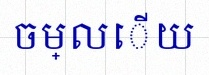
ចម្លើយ